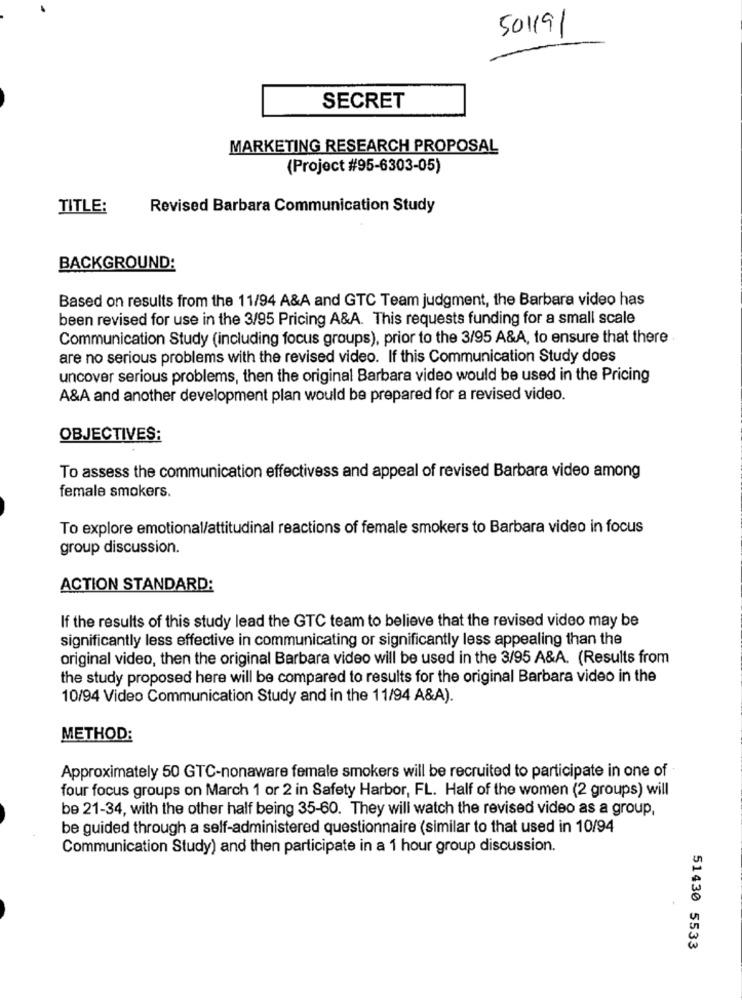
501191
SECRET
MARKETING RESEARCH PROPOSAL
(Project #95-6303-05)
TITLE:
Revised Barbara Communication Study
BACKGROUND:
Based on results from the 11/94 A&A and GTC Team judgment, the Barbara video has
been revised for use in the 3/95 Pricing A&A. This requests funding for a small scale
Communication Study (including focus groups), prior to the 3/95 A&A, to ensure that there
are no serious problems with the revised video. If this Communication Study does
uncover serious problems, then the original Barbara video would be used in the Pricing
A&A and another development plan would be prepared for a revised video.
OBJECTIVES:
To assess the communication effectivess and appeal of revised Barbara video among
female smokers.
To explore emotional/attitudinal reactions of female smokers to Barbara video in focus
group discussion.
ACTION STANDARD:
If the results of this study lead the GTC team to believe that the revised video may be
significantly less effective in communicating or significantly less appealing than the
original video, then the original Barbara video will be used in the 3/95 A&A. (Results from
the study proposed here will be compared to results for the original Barbara video in the
10/94 Video Communication Study and in the 11/94 A&A).
METHOD:
Approximately 50 GTC-nonaware female smokers will be recruited to participate in one of
four focus groups on March 1 or 2 in Safety Harbor, FL. Half of the women (2 groups) will
be 21-34, with the other half being 35-60. They will watch the revised video as a group,
be guided through a self-administered questionnaire (similar to that used in 10/94
Communication Study) and then participate in a 1 hour group discussion.
51430 5533